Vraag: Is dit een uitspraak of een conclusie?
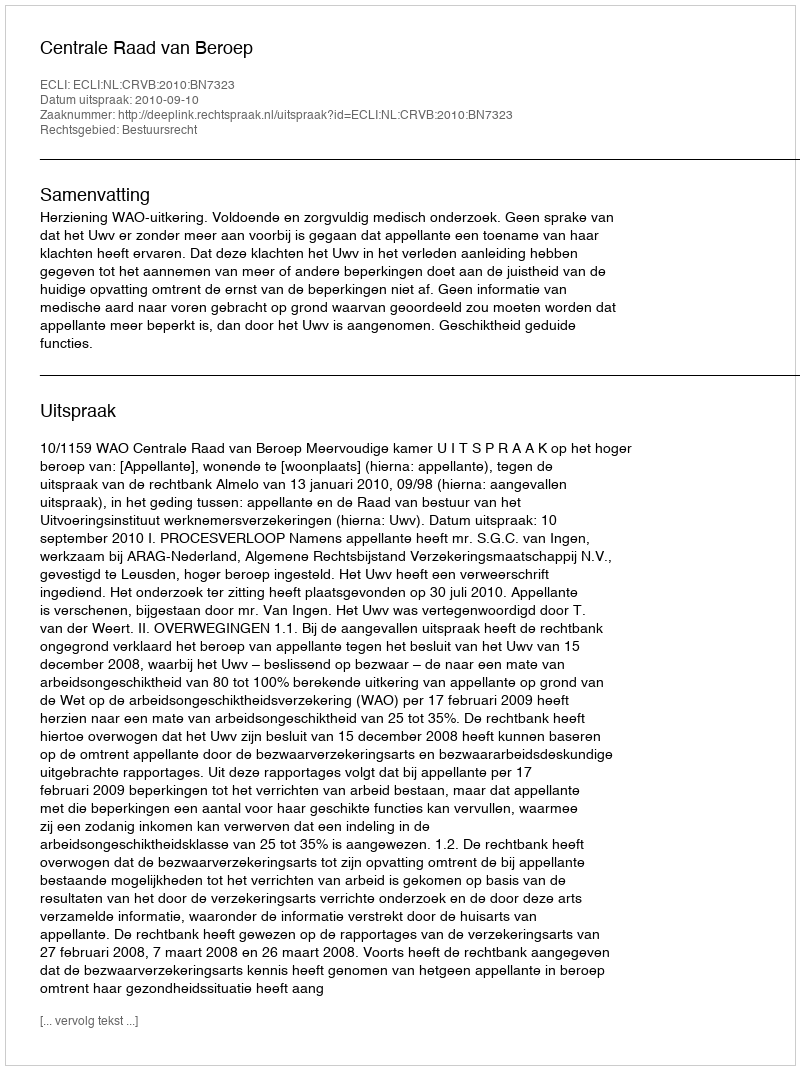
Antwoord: Uitspraak